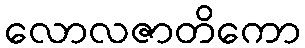
လောလဇာတိကော